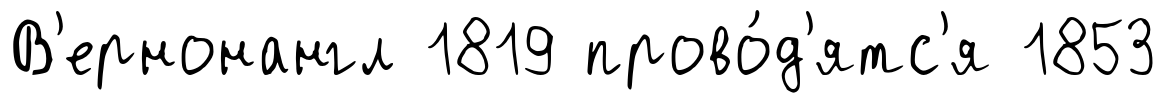
В'ернонангл 1819 прово́д'ятс'я 1853